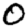
Digit: 0